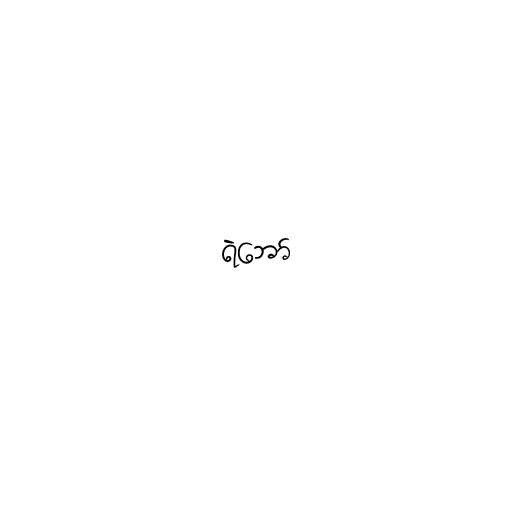
ရဲဘော်